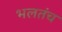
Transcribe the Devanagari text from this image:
भलतंच